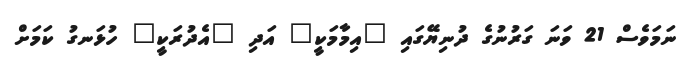
ނަމަވެސް 21 ވަނަ ގަރުނުގެ ދުނިޔޭގައި "އިމާމަކީ" އަދި "އެދުރަކީ" ހުޅަނގު ކަމަށް